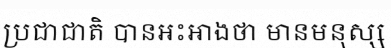
ប្រជាជាតិ បានអះអាងថា មានមនុស្ស